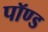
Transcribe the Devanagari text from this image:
पॉण्ड